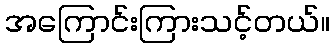
အကြောင်းကြားသင့်တယ်။